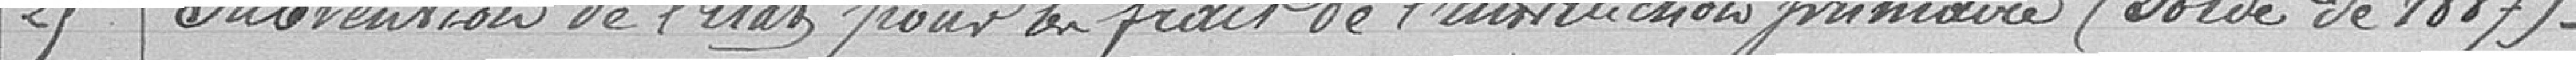
25 - Subvention de l'Etat pour les frais de l'instruction primaire (solde de 1887)